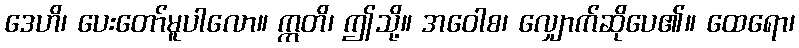
ဒေဟိ၊ ပေးတော်မူပါလော။ ဣတိ၊ ဤသို့။ အဝေါစ၊ လျှောက်ဆိုပေ၏။ ထေရော၊